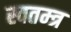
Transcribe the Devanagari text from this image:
स्वतम्त्र